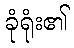
ခုံရုံး၏